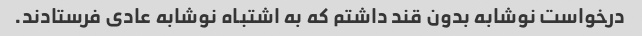
درخواست نوشابه بدون قند داشتم که به اشتباه نوشابه عادی فرستادند.